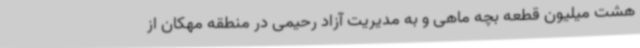
هشت میلیون قطعه بچه ماهی و به مدیریت آزاد رحیمی در منطقه مهکان از